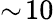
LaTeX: \sim\! 10